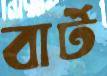
বার্ট